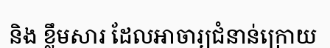
និង ខ្លឹមសារ ដែលអាចារ្យជំនាន់ក្រោយ